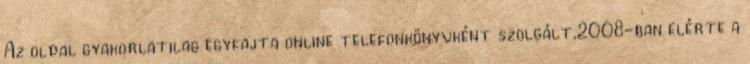
Az oldal gyakorlatilag egyfajta online telefonkönyvként szolgált,2008-ban elérte a